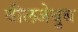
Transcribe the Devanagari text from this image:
बीलजेबुब